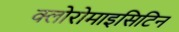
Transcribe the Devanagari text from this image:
क्लोरोमाइसिटिन